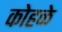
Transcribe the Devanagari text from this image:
कोहळे